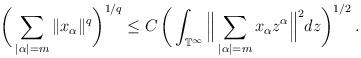
LaTeX: \begin{align*}\bigg( \sum_{\vert \alpha \vert = m} \Vert x_{\alpha} \Vert^{q} \bigg)^{1/q} \leq C\, \bigg(\int_{\mathbb{T}^{\infty}} \Big\Vert \sum_{\vert \alpha \vert = m} x_{\alpha} z^{\alpha} \Big\Vert^2 dz\bigg)^{1/2} \,.\end{align*}